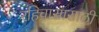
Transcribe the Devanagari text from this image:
रहिवासासाठी